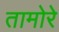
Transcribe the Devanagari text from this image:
तामोरे